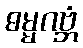
ဓမ္မဂဗ္ဘံ